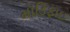
મૉડિફાઇ